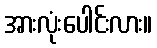
အားလုံးပေါင်းလား။